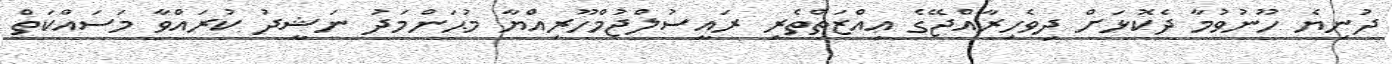
ދުނިޔެ ހޫނުވުމާ ދެކޮޅަށް ދިވެހިރާއްޖޭގެ ޢިއްޒަތްތެރި ރައީސުލްޖުމްހޫރިއްޔާ މުޙަންމަދު ނަޝީދު ކުރައްވާ މަސައްކަތް